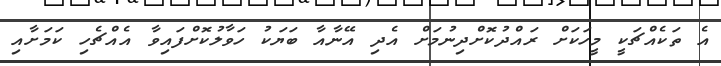
އެ ތަކެއްޗަކީ މީހަކަށް ރައްދުކޮށްދިނުމަށް އެދި އޭނާއާ ބަޔަކު ހަވާލުކޮށްފައިވާ އެއްޗެހި ކަމަށާއި